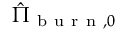
\hat { \Pi } _ { \mathrm { ~ b ~ u ~ r ~ n ~ } , 0 }